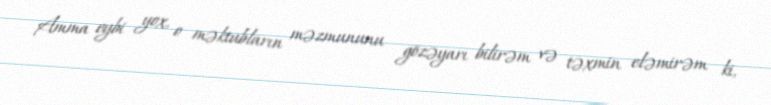
Amma eybi yox, o məktubların məzmununu gözəyarı bilirəm və təxmin eləmirəm ki,